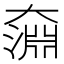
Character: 奫